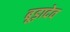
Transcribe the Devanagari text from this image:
बूड़ादेव